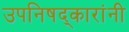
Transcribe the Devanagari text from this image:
उपनिषद्‌कारांनी